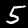
Digit: 5